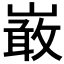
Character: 𭗐